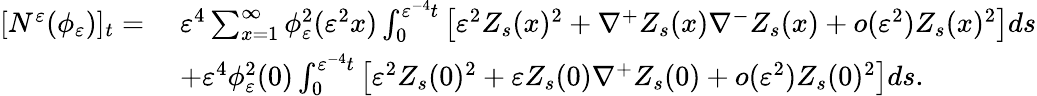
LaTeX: \begin{array}{rl}{[N^{\varepsilon}(\phi_{\varepsilon})]_{t}=\; }&{\varepsilon^{4}\sum_{x=1}^{\infty}\phi_{\varepsilon}^{2}(\varepsilon^{2}x)\int_{0}^{\varepsilon^{-4}t}\left[\varepsilon^{2}Z_{s}(x)^{2}+\nabla^{+}Z_{s}(x)\nabla^{-}Z_{s}(x)+o(\varepsilon^{2})Z_{s}(x)^{2}\right]ds}\\ &{+\varepsilon^{4}\phi_{\varepsilon}^{2}(0)\int_{0}^{\varepsilon^{-4}t}\left[\varepsilon^{2}Z_{s}(0)^{2}+\varepsilon Z_{s}(0)\nabla^{+}Z_{s}(0)+o(\varepsilon^{2})Z_{s}(0)^{2}\right]ds.}\end{array}